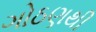
ગોઠણથી